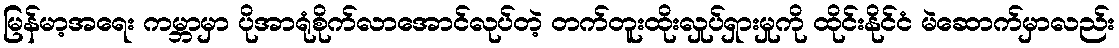
မြန်မာ့အရေး ကမ္ဘာမှာ ပိုအာရုံစိုက်လာအောင်လုပ်တဲ့ တက်တူးထိုးလှုပ်ရှားမှုကို ထိုင်းနိုင်ငံ မဲဆောက်မှာလည်း